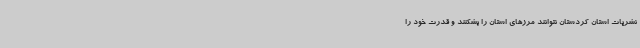
نشریات استان کردستان نتوانند مرزهای استان را بشکنند و قدرت خود را